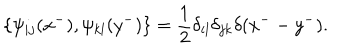
\{ \psi _ { i j } ( x ^ { - } ) , \psi _ { k l } ( y ^ { - } ) \} = \frac { 1 } { 2 } \delta _ { i l } \delta _ { j k } \delta ( x ^ { - } - y ^ { - } ) .